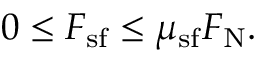
0 \leq F _ { \mathrm { s f } } \leq \mu _ { \mathrm { s f } } F _ { \mathrm { N } } .